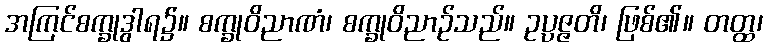
အကြင်စက္ခုဒွါရ၌။ စက္ခုဝိညာဏံ၊ စက္ခုဝိညာဉ်သည်။ ဥပ္ပဇ္ဇတိ၊ ဖြစ်၏။ တတ္ထ၊